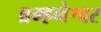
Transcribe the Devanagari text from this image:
ब्रम्हनेश्वर